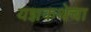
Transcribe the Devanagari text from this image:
यज्ञकथेचा